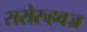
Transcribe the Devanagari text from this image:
सरोरुहवज्र